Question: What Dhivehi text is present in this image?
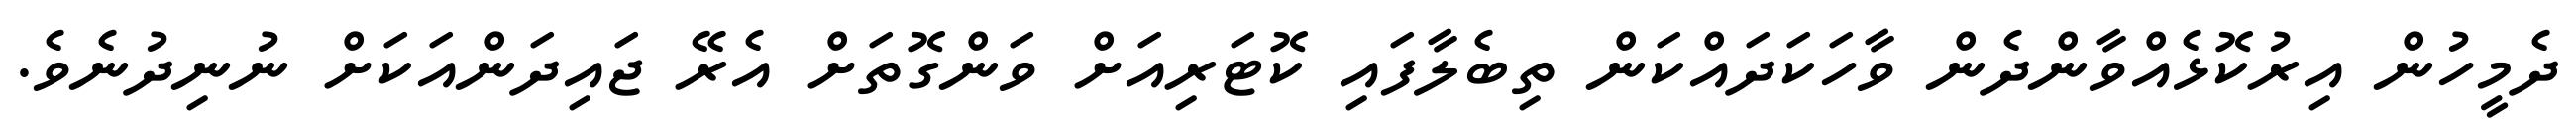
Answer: ދެމީހުން އިރުކޮޅެއްވާންދެން ވާހަކަދައްކަން ތިބެލާފައި ކޮޓަރިއަށް ވަންގޮތަށް އެރޭ ޖައިދަންއަކަށް ނުނިދުނެވެ.